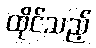
ထိုင်သည့်